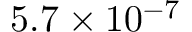
5 . 7 \times 1 0 ^ { - 7 }